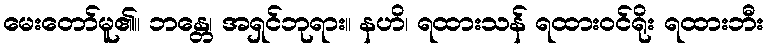
မေးတော်မူ၏။ ဘန္တေ၊ အရှင်ဘုရား။ နဟိ၊ ရထားသန် ရထားဝင်ရိုး ရထားဘီး